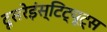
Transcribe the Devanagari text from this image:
दूसरेइंस्टिट्यूट्स